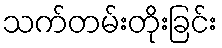
သက်တမ်းတိုးခြင်း